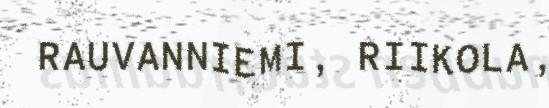
RAUVANNIEMI, RIIKOLA,